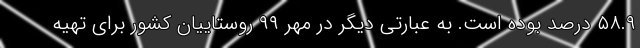
۵۸.۹ درصد بوده است. به عبارتی دیگر در مهر ۹۹ روستاییان کشور برای تهیه